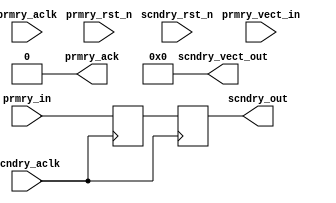
///////////////////////////////////////////////////////////////////////////////
// (c) Copyright 2013 Xilinx, Inc. All rights reserved.
//
// This file contains confidential and proprietary information
// of Xilinx, Inc. and is protected under U.S. and
// international copyright and other intellectual property
// laws.
//
// DISCLAIMER
// This disclaimer is not a license and does not grant any
// rights to the materials distributed herewith. Except as
// otherwise provided in a valid license issued to you by
// Xilinx, and to the maximum extent permitted by applicable
// law: (1) THESE MATERIALS ARE MADE AVAILABLE "AS IS" AND
// WITH ALL FAULTS, AND XILINX HEREBY DISCLAIMS ALL WARRANTIES
// AND CONDITIONS, EXPRESS, IMPLIED, OR STATUTORY, INCLUDING
// BUT NOT LIMITED TO WARRANTIES OF MERCHANTABILITY, NON-
// INFRINGEMENT, OR FITNESS FOR ANY PARTICULAR PURPOSE; and
// (2) Xilinx shall not be liable (whether in contract or tort,
// including negligence, or under any other theory of
// liability) for any loss or damage of any kind or nature
// related to, arising under or in connection with these
// materials, including for any direct, or any indirect,
// special, incidental, or consequential loss or damage
// (including loss of data, profits, goodwill, or any type of
// loss or damage suffered as a result of any action brought
// by a third party) even if such damage or loss was
// reasonably foreseeable or Xilinx had been advised of the
// possibility of the same.
//
// CRITICAL APPLICATIONS
// Xilinx products are not designed or intended to be fail-
// safe, or for use in any application requiring fail-safe
// performance, such as life-support or safety devices or
// systems, Class III medical devices, nuclear facilities,
// applications related to the deployment of airbags, or any
// other applications that could lead to death, personal
// injury, or severe property or environmental damage
// (individually and collectively, "Critical
// Applications"). Customer assumes the sole risk and
// liability of any use of Xilinx products in Critical
// Applications, subject only to applicable laws and
// regulations governing limitations on product liability.
//
// THIS COPYRIGHT NOTICE AND DISCLAIMER MUST BE RETAINED AS
// PART OF THIS FILE AT ALL TIMES.
//
//
////////////////////////////////////////////////////////////////////////////////
//Generic Help
//C_CDC_TYPE : Defines the type of CDC needed
//             0 means pulse synchronizer. Used to transfer one clock pulse 
//               from prmry domain to scndry domain.
//             1 means level synchronizer. Used to transfer level signal.
//             2 means level synchronizer with ack. Used to transfer level 
//               signal. Input signal should change only when prmry_ack is detected
//
//C_FLOP_INPUT : when set to 1 adds one flop stage to the input prmry_in signal
//               Set to 0 when incoming signal is purely floped signal.
//
//C_RESET_STATE : Generally sync flops need not have resets. However, in some cases
//                it might be needed.
//              0 means reset not needed for sync flops 
//              1 means reset needed for sync flops. i
//                In this case prmry_resetn should be in prmry clock, 
//                while scndry_reset should be in scndry clock.
//
//C_SINGLE_BIT : CDC should normally be done for single bit signals only. 
//               However, based on design buses can also be CDC'ed.
//               0 means it is a bus. In this case input be connected to prmry_vect_in.
//                 Output is on scndry_vect_out.
//               1 means it is a single bit. In this case input be connected to prmry_in. 
//                 Output is on scndry_out.
//
//C_VECTOR_WIDTH : defines the size of bus. This is irrelevant when C_SINGLE_BIT = 1
//
//C_MTBF_STAGES : Defines the number of sync stages needed. Allowed values are 0 to 6.
//                Value of 0, 1 is allowed only for level CDC.
//                Min value for Pulse CDC is 2
//
//Whenever this file is used following XDC constraint has to be added 

//         set_false_path -to [get_pins -hier *aurora_64b66b_0_cdc_to*/D]        


//IO Ports 
//
//        prmry_aclk      : clock of originating domain (source domain)
//        prmry_resetn    : sync reset of originating clock domain (source domain)
//        prmry_in        : input signal bit. This should be a pure flop output without 
//                          any combi logic. This is source. 
//        prmry_vect_in   : bus signal. From Source domain.
//        prmry_ack       : Ack signal, valid for one clock period, in prmry_aclk domain.
//                          Used only when C_CDC_TYPE = 2
//        scndry_aclk     : destination clock.
//        scndry_resetn   : sync reset of destination domain
//        scndry_out      : sync'ed output in destination domain. Single bit.
//        scndry_vect_out : sync'ed output in destination domain. bus.



`timescale 1ps / 1ps
 `define DLY #1
(* DowngradeIPIdentifiedWarnings="yes" *)
 
module aurora_64b66b_0_cdc_sync_exdes
   # (
       parameter [1:0] c_cdc_type      = 1,   // 0 Pulse synchronizer, 1 level synchronizer 2 level synchronizer with ACK 
       parameter [0:0] c_flop_input    = 0,   // 1 Adds one flop stage to the input prmry_in signal
       parameter [0:0] c_reset_state   = 0,   // 1 Reset needed for sync flops 
       parameter [0:0] c_single_bit    = 1,   // 1 single bit input.
       parameter [5:0] c_vector_width  = 32,  // defines the size of bus and irrelevant when C_SINGLE_BIT = 1
       parameter [2:0] c_mtbf_stages   = 2    // Number of sync stages needed
     )  
     (
       input                           prmry_aclk,
       input                           prmry_rst_n,
       input                           prmry_in,
       input [(c_vector_width-1 ):0]   prmry_vect_in,
       input                           scndry_aclk,
       input                           scndry_rst_n,
       output                          prmry_ack,
       output                          scndry_out,
       output [(c_vector_width-1 ):0]  scndry_vect_out
      );

  
    // Internal signal declarations
    wire s_out_re;
    reg p_in_d1_cdc_from;
    (* ASYNC_REG = "true" *) (* shift_extract = "{no}" *) reg s_out_d1_aurora_64b66b_0_cdc_to;
    (* ASYNC_REG = "true" *) (* shift_extract = "{no}" *) reg s_out_d2;
    (* ASYNC_REG = "true" *) (* shift_extract = "{no}" *) reg s_out_d3;
    (* ASYNC_REG = "true" *) (* shift_extract = "{no}" *) reg s_out_d4;
    (* ASYNC_REG = "true" *) (* shift_extract = "{no}" *) reg s_out_d5;
    (* ASYNC_REG = "true" *) (* shift_extract = "{no}" *) reg s_out_d6;
    (* ASYNC_REG = "true" *) (* shift_extract = "{no}" *) reg s_out_d7;
    reg scndry_out_int_d1;

    (* ASYNC_REG = "true" *) (* shift_extract = "{no}" *) reg s_level_out_d1_aurora_64b66b_0_cdc_to;
    (* ASYNC_REG = "true" *) (* shift_extract = "{no}" *) reg s_level_out_d2;
    (* ASYNC_REG = "true" *) (* shift_extract = "{no}" *) reg s_level_out_d3;
    (* ASYNC_REG = "true" *) (* shift_extract = "{no}" *) reg s_level_out_d4;
    (* ASYNC_REG = "true" *) (* shift_extract = "{no}" *) reg s_level_out_d5;
    (* ASYNC_REG = "true" *) (* shift_extract = "{no}" *) reg s_level_out_d6;

    reg p_level_in_d1_cdc_from;
    wire p_level_in_int;

    wire [( c_vector_width - 1 ):0]p_level_in_bus_d1_cdc_from;
    wire [( c_vector_width - 1 ):0]s_level_out_bus_d1_cdc_tig;
    (* ASYNC_REG = "true" *) (* shift_extract = "{no}" *) reg [( c_vector_width - 1 ):0] s_level_out_bus_d1_aurora_64b66b_0_cdc_to;
    (* ASYNC_REG = "true" *) (* shift_extract = "{no}" *) reg [( c_vector_width - 1 ):0] s_level_out_bus_d2;
    (* ASYNC_REG = "true" *) (* shift_extract = "{no}" *) reg [( c_vector_width - 1 ):0] s_level_out_bus_d3;
    (* ASYNC_REG = "true" *) (* shift_extract = "{no}" *) reg [( c_vector_width - 1 ):0] s_level_out_bus_d4;
    (* ASYNC_REG = "true" *) (* shift_extract = "{no}" *) reg [( c_vector_width - 1 ):0] s_level_out_bus_d5;
    (* ASYNC_REG = "true" *) (* shift_extract = "{no}" *) reg [( c_vector_width - 1 ):0] s_level_out_bus_d6;


    wire scndry_out_int;
    wire prmry_pulse_ack;
    reg prmry_ack_int;
    reg p_level_out_d1_aurora_64b66b_0_cdc_to;
    reg p_level_out_d2;
    reg p_level_out_d3;
    reg p_level_out_d4;
    reg p_level_out_d5;
    reg p_level_out_d6;
    reg p_level_out_d7;


// Pulse synchronizer Logic
generate if (c_cdc_type == 0) begin 

    always @ (  posedge prmry_aclk)
    begin : REG_P_IN
            if ( ( prmry_rst_n == 1'b0 ) & ( c_reset_state == 1 ) ) 
            begin
                p_in_d1_cdc_from <= 1'b0;
            end
            else
            begin 
                p_in_d1_cdc_from <= prmry_in ^ p_in_d1_cdc_from;
            end
    end

    always @ (  posedge scndry_aclk)
    begin : P_IN_CROSS2SCNDRY
            if ( ( scndry_rst_n == 1'b0 ) & ( c_reset_state == 1 ) ) 
            begin
                s_out_d1_aurora_64b66b_0_cdc_to <= 1'b0;
                s_out_d2 <= 1'b0;
                s_out_d3 <= 1'b0;
                s_out_d4 <= 1'b0;
                s_out_d5 <= 1'b0;
                s_out_d6 <= 1'b0;
                s_out_d7 <= 1'b0;
                scndry_out_int_d1 <= 1'b0;
            end
            else
            begin 
                s_out_d1_aurora_64b66b_0_cdc_to <= p_in_d1_cdc_from;
                s_out_d2 <= s_out_d1_aurora_64b66b_0_cdc_to;
                s_out_d3 <= s_out_d2;
                s_out_d4 <= s_out_d3;
                s_out_d5 <= s_out_d4;
                s_out_d6 <= s_out_d5;
                s_out_d7 <= s_out_d6;
                scndry_out_int_d1 <= s_out_re;
            end
    end
    assign scndry_out = scndry_out_int_d1;
    assign prmry_ack = 1'b0; 
    assign scndry_vect_out = 0;
end
endgenerate


generate if (c_mtbf_stages == 2 & c_cdc_type == 0) begin

    assign s_out_re = ( s_out_d2 ^ s_out_d3 );

end
endgenerate

generate if (c_mtbf_stages == 3 & c_cdc_type == 0) begin

    assign s_out_re = ( s_out_d3 ^ s_out_d4 );

end
endgenerate

generate if (c_mtbf_stages == 4 & c_cdc_type == 0) begin

    assign s_out_re = ( s_out_d4 ^ s_out_d5 );

end
endgenerate

generate if (c_mtbf_stages == 5 & c_cdc_type == 0) begin

    assign s_out_re = ( s_out_d5 ^ s_out_d6 );

end
endgenerate

generate if (c_mtbf_stages == 6 & c_cdc_type == 0) begin

    assign s_out_re = ( s_out_d6 ^ s_out_d7 );

end
endgenerate


//Level Synchronizer Logic with out ACK

generate if (c_flop_input == 1 & c_cdc_type == 1 & c_single_bit == 1) begin

    always @ (  posedge prmry_aclk)
    begin : FLOP_IN
            if ( ( prmry_rst_n == 1'b0 ) & ( c_reset_state == 1 ) ) 
            begin
                p_level_in_d1_cdc_from <= 1'b0;
            end
            else
            begin 
                p_level_in_d1_cdc_from <= prmry_in;
            end
    end

   assign p_level_in_int = p_level_in_d1_cdc_from;

end
endgenerate


generate if (c_flop_input == 0 & c_cdc_type == 1 & c_single_bit == 1) begin


   assign p_level_in_int = prmry_in;

end
endgenerate


//generate if (c_cdc_type == 1) begin 
generate if (c_single_bit == 1 & c_cdc_type == 1) begin

    assign prmry_ack = 1'b0; 
    assign scndry_vect_out = 0;

    always @ (  posedge scndry_aclk)
    begin : CROSS_PLEVEL_IN2SCNDRY
            if ( ( scndry_rst_n == 1'b0 ) & ( c_reset_state == 1 ) ) 
            begin
                s_level_out_d1_aurora_64b66b_0_cdc_to <= 1'b0;
                s_level_out_d2 <= 1'b0;
                s_level_out_d3 <= 1'b0;
                s_level_out_d4 <= 1'b0;
                s_level_out_d5 <= 1'b0;
                s_level_out_d6 <= 1'b0;
            end
            else
            begin 
                s_level_out_d1_aurora_64b66b_0_cdc_to <= p_level_in_int;
                s_level_out_d2 <= s_level_out_d1_aurora_64b66b_0_cdc_to;
                s_level_out_d3 <= s_level_out_d2;
                s_level_out_d4 <= s_level_out_d3;
                s_level_out_d5 <= s_level_out_d4;
                s_level_out_d6 <= s_level_out_d5;
            end
    end
end
endgenerate


generate if (c_mtbf_stages == 1 & c_cdc_type == 1 & c_single_bit == 1) begin

    assign scndry_out = s_level_out_d1_aurora_64b66b_0_cdc_to;
end
endgenerate

generate if (c_mtbf_stages == 2 & c_cdc_type == 1 & c_single_bit == 1) begin

    assign scndry_out = s_level_out_d2;
end
endgenerate

generate if (c_mtbf_stages == 3 & c_cdc_type == 1 & c_single_bit == 1) begin

    assign scndry_out = s_level_out_d3;
end
endgenerate

generate if (c_mtbf_stages == 4 & c_cdc_type == 1 & c_single_bit == 1) begin

    assign scndry_out = s_level_out_d4;
end
endgenerate

generate if (c_mtbf_stages == 5 & c_cdc_type == 1 & c_single_bit == 1) begin

    assign scndry_out = s_level_out_d5;
end
endgenerate

generate if (c_mtbf_stages == 6 & c_cdc_type == 1 & c_single_bit == 1) begin

    assign scndry_out = s_level_out_d6;
end
endgenerate

generate if (c_single_bit == 0 & c_cdc_type == 1) begin

    assign prmry_ack = 1'b0; 
    assign scndry_out = 1'b0;

    always @ (  posedge scndry_aclk)
    begin : CROSS_PLEVEL_IN2SCNDRY
            if ( ( scndry_rst_n == 1'b0 ) & ( c_reset_state == 1 ) ) 
            begin
                s_level_out_bus_d1_aurora_64b66b_0_cdc_to <= 0;
                s_level_out_bus_d2 <= 0 ;
                s_level_out_bus_d3 <= 0 ;
                s_level_out_bus_d4 <= 0 ;
                s_level_out_bus_d5 <= 0 ;
                s_level_out_bus_d6 <= 0 ;
            end
            else
            begin 
                s_level_out_bus_d1_aurora_64b66b_0_cdc_to <= prmry_vect_in;
                s_level_out_bus_d2 <= s_level_out_bus_d1_aurora_64b66b_0_cdc_to;
                s_level_out_bus_d3 <= s_level_out_bus_d2;
                s_level_out_bus_d4 <= s_level_out_bus_d3;
                s_level_out_bus_d5 <= s_level_out_bus_d4;
                s_level_out_bus_d6 <= s_level_out_bus_d5;
            end
    end

end
endgenerate

generate if (c_mtbf_stages == 1 & c_single_bit == 0 & c_cdc_type == 1) begin

    assign scndry_vect_out = s_level_out_bus_d1_aurora_64b66b_0_cdc_to;
end
endgenerate

generate if (c_mtbf_stages == 2 & c_single_bit == 0 & c_cdc_type == 1) begin

    assign scndry_vect_out = s_level_out_bus_d2;
end
endgenerate

generate if (c_mtbf_stages == 3 & c_single_bit == 0 & c_cdc_type == 1) begin

    assign scndry_vect_out = s_level_out_bus_d3;
end
endgenerate

generate if (c_mtbf_stages == 4 & c_single_bit == 0 & c_cdc_type == 1) begin

    assign scndry_vect_out = s_level_out_bus_d4;
end
endgenerate

generate if (c_mtbf_stages == 5 & c_single_bit == 0 & c_cdc_type == 1) begin

    assign scndry_vect_out = s_level_out_bus_d5;
end
endgenerate

generate if (c_mtbf_stages == 6 & c_single_bit == 0 & c_cdc_type == 1) begin

    assign scndry_vect_out = s_level_out_bus_d6;
end
endgenerate


//Level synchronizer logic with ACK
generate if (c_flop_input == 1 & c_cdc_type == 2) begin

    always @ (  posedge prmry_aclk)
    begin : FLOP_IN
            if ( ( prmry_rst_n == 1'b0 ) & ( c_reset_state == 1 ) ) 
            begin
                p_level_in_d1_cdc_from <= 1'b0;
            end
            else
            begin 
                p_level_in_d1_cdc_from <= prmry_in;
            end
    end

   assign p_level_in_int = p_level_in_d1_cdc_from;

end
endgenerate


generate if (c_flop_input == 0 & c_cdc_type == 2) begin

   assign p_level_in_int = prmry_in;

end
endgenerate

generate if (c_cdc_type == 2) begin
    always @ (  posedge scndry_aclk)
    begin : CROSS_PLEVEL_IN2SCNDRY
            if ( ( scndry_rst_n == 1'b0 ) & ( c_reset_state == 1 ) ) 
            begin
                s_level_out_d1_aurora_64b66b_0_cdc_to <= 1'b0;
                s_level_out_d2 <= 1'b0;
                s_level_out_d3 <= 1'b0;
                s_level_out_d4 <= 1'b0;
                s_level_out_d5 <= 1'b0;
                s_level_out_d6 <= 1'b0;
            end
            else
            begin 
                s_level_out_d1_aurora_64b66b_0_cdc_to <= p_level_in_int;
                s_level_out_d2 <= s_level_out_d1_aurora_64b66b_0_cdc_to;
                s_level_out_d3 <= s_level_out_d2;
                s_level_out_d4 <= s_level_out_d3;
                s_level_out_d5 <= s_level_out_d4;
                s_level_out_d6 <= s_level_out_d5;
            end
    end

    always @ (  posedge prmry_aclk)
    begin : CROSS_PLEVEL_SCNDRY2PRMRY
            if ( ( prmry_rst_n == 1'b0 ) & ( c_reset_state == 1 ) ) 
            begin
                p_level_out_d1_aurora_64b66b_0_cdc_to <= 1'b0;
                p_level_out_d2 <= 1'b0;
                p_level_out_d3 <= 1'b0;
                p_level_out_d4 <= 1'b0;
                p_level_out_d5 <= 1'b0;
                p_level_out_d6 <= 1'b0;
                p_level_out_d7 <= 1'b0;
                prmry_ack_int <= 1'b0;
            end
            else
            begin 
                p_level_out_d1_aurora_64b66b_0_cdc_to <= scndry_out_int;
                p_level_out_d2 <= p_level_out_d1_aurora_64b66b_0_cdc_to;
                p_level_out_d3 <= p_level_out_d2;
                p_level_out_d4 <= p_level_out_d3;
                p_level_out_d5 <= p_level_out_d4;
                p_level_out_d6 <= p_level_out_d5;
                p_level_out_d7 <= p_level_out_d6;
                prmry_ack_int <= prmry_pulse_ack;
            end
    end
    assign prmry_ack = prmry_ack_int;
    assign scndry_out = scndry_out_int;
    assign scndry_vect_out = 0;
end
endgenerate

  generate if ((c_mtbf_stages == 2 || c_mtbf_stages == 1) & c_cdc_type == 2) begin
  
      assign scndry_out_int = s_level_out_d2;
      assign prmry_pulse_ack = ( p_level_out_d3 ^ p_level_out_d2 );
  end
  endgenerate
  
  generate if (c_mtbf_stages == 3 & c_cdc_type == 2) begin
  
      assign scndry_out_int = s_level_out_d3;
      assign prmry_pulse_ack = ( p_level_out_d4 ^ p_level_out_d3 );
  end
  endgenerate
  
  generate if (c_mtbf_stages == 4 & c_cdc_type == 2) begin
  
      assign scndry_out_int = s_level_out_d4;
      assign prmry_pulse_ack = ( p_level_out_d5 ^ p_level_out_d4 );
  end
  endgenerate
  
  generate if (c_mtbf_stages == 5 & c_cdc_type == 2) begin
  
      assign scndry_out_int = s_level_out_d5;
      assign prmry_pulse_ack = ( p_level_out_d6 ^ p_level_out_d5 );
  end
  endgenerate
  
  generate if (c_mtbf_stages == 6 & c_cdc_type == 2) begin
  
      assign scndry_out_int = s_level_out_d6;
      assign prmry_pulse_ack = ( p_level_out_d7 ^ p_level_out_d6 );
  end
  endgenerate

endmodule 



module aurora_64b66b_0_rst_sync_exdes
   # (
       parameter       c_init_val      = 1'b1,
       parameter [4:0] c_mtbf_stages   = 3    // Number of sync stages needed  max value 31
     )  
     (
       input                           prmry_in,
       input                           scndry_aclk,
       output                          scndry_out
      );

genvar i;



(* ASYNC_REG = "TRUE" *)(* shift_extract = "{no}"*)  reg  stg1_aurora_64b66b_0_cdc_to = c_init_val;      
(* ASYNC_REG = "TRUE" *)(* shift_extract = "{no}"*)  reg  stg2 = c_init_val;      
(* ASYNC_REG = "TRUE" *)(* shift_extract = "{no}"*)  reg  stg3 = c_init_val;      

                        (* shift_extract = "{no}"*)  reg  stg4 = c_init_val;     
                        (* shift_extract = "{no}"*)  reg  stg5 = c_init_val;     
                        (* shift_extract = "{no}"*)  reg  stg6 = c_init_val;     
                        (* shift_extract = "{no}"*)  reg  stg7 = c_init_val;     
                        (* shift_extract = "{no}"*)  reg  stg8 = c_init_val;     
                        (* shift_extract = "{no}"*)  reg  stg9 = c_init_val;     
                        (* shift_extract = "{no}"*)  reg  stg10 = c_init_val;    
                        (* shift_extract = "{no}"*)  reg  stg11 = c_init_val;    
                        (* shift_extract = "{no}"*)  reg  stg12 = c_init_val;    
                        (* shift_extract = "{no}"*)  reg  stg13 = c_init_val;    
                        (* shift_extract = "{no}"*)  reg  stg14 = c_init_val;    
                        (* shift_extract = "{no}"*)  reg  stg15 = c_init_val;    
                        (* shift_extract = "{no}"*)  reg  stg16 = c_init_val;    
                        (* shift_extract = "{no}"*)  reg  stg17 = c_init_val;    
                        (* shift_extract = "{no}"*)  reg  stg18 = c_init_val;    
                        (* shift_extract = "{no}"*)  reg  stg19 = c_init_val;    
                        (* shift_extract = "{no}"*)  reg  stg20 = c_init_val;    
                        (* shift_extract = "{no}"*)  reg  stg21 = c_init_val;    
                        (* shift_extract = "{no}"*)  reg  stg22 = c_init_val;    
                        (* shift_extract = "{no}"*)  reg  stg23 = c_init_val;    
                        (* shift_extract = "{no}"*)  reg  stg24 = c_init_val;    
                        (* shift_extract = "{no}"*)  reg  stg25 = c_init_val;    
                        (* shift_extract = "{no}"*)  reg  stg26 = c_init_val;    
                        (* shift_extract = "{no}"*)  reg  stg27 = c_init_val;    
                        (* shift_extract = "{no}"*)  reg  stg28 = c_init_val;    
                        (* shift_extract = "{no}"*)  reg  stg29 = c_init_val;    
                        (* shift_extract = "{no}"*)  reg  stg30 = c_init_val;    
                        (* shift_extract = "{no}"*)  reg  stg31 = c_init_val;    

generate 

always @(posedge scndry_aclk)
begin
    stg1_aurora_64b66b_0_cdc_to <= `DLY prmry_in;
    stg2 <= `DLY stg1_aurora_64b66b_0_cdc_to;
    stg3 <= `DLY stg2;
    stg4 <= `DLY stg3;
    stg5 <= `DLY stg4;
    stg6 <= `DLY stg5;
    stg7 <= `DLY stg6;
    stg8 <= `DLY stg7;
    stg9 <= `DLY stg8;
    stg10 <= `DLY stg9;
    stg11 <= `DLY stg10; 
    stg12 <= `DLY stg11; 
    stg13 <= `DLY stg12; 
    stg14 <= `DLY stg13; 
    stg15 <= `DLY stg14; 
    stg16 <= `DLY stg15; 
    stg17 <= `DLY stg16; 
    stg18 <= `DLY stg17; 
    stg19 <= `DLY stg18; 
    stg20 <= `DLY stg19; 
    stg21 <= `DLY stg20; 
    stg22 <= `DLY stg21; 
    stg23 <= `DLY stg22; 
    stg24 <= `DLY stg23; 
    stg25 <= `DLY stg24; 
    stg26 <= `DLY stg25; 
    stg27 <= `DLY stg26; 
    stg28 <= `DLY stg27; 
    stg29 <= `DLY stg28; 
    stg30 <= `DLY stg29; 
    stg31 <= `DLY stg30; 
end

if(c_mtbf_stages <= 3)  assign scndry_out = stg3;
if(c_mtbf_stages == 4)  assign scndry_out = stg4;
if(c_mtbf_stages == 5)  assign scndry_out = stg5;
if(c_mtbf_stages == 6)  assign scndry_out = stg6;
if(c_mtbf_stages == 7)  assign scndry_out = stg7;
if(c_mtbf_stages == 8)  assign scndry_out = stg8;
if(c_mtbf_stages == 9)  assign scndry_out = stg9;
if(c_mtbf_stages == 10)  assign scndry_out = stg10;
if(c_mtbf_stages == 11)  assign scndry_out = stg11;
if(c_mtbf_stages == 12)  assign scndry_out = stg12;
if(c_mtbf_stages == 13)  assign scndry_out = stg13;
if(c_mtbf_stages == 14)  assign scndry_out = stg14;
if(c_mtbf_stages == 15)  assign scndry_out = stg15;
if(c_mtbf_stages == 16)  assign scndry_out = stg16;
if(c_mtbf_stages == 17)  assign scndry_out = stg17;
if(c_mtbf_stages == 18)  assign scndry_out = stg18;
if(c_mtbf_stages == 19)  assign scndry_out = stg19;
if(c_mtbf_stages == 20)  assign scndry_out = stg20;
if(c_mtbf_stages == 21)  assign scndry_out = stg21;
if(c_mtbf_stages == 22)  assign scndry_out = stg22;
if(c_mtbf_stages == 23)  assign scndry_out = stg23;
if(c_mtbf_stages == 24)  assign scndry_out = stg24;
if(c_mtbf_stages == 25)  assign scndry_out = stg25;
if(c_mtbf_stages == 26)  assign scndry_out = stg26;
if(c_mtbf_stages == 27)  assign scndry_out = stg27;
if(c_mtbf_stages == 28)  assign scndry_out = stg28;
if(c_mtbf_stages == 29)  assign scndry_out = stg29;
if(c_mtbf_stages == 30)  assign scndry_out = stg30;
if(c_mtbf_stages == 31)  assign scndry_out = stg31;

endgenerate

endmodule